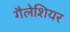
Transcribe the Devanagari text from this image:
गैलेशियर